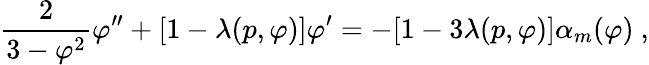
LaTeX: {\frac{2}{3-\varphi^{2}}}\varphi^{\prime\prime}+[1-\lambda(p,\varphi)]\varphi^{\prime}=-[1-3\lambda(p,\varphi)]\alpha_{m}(\varphi)\ ,